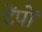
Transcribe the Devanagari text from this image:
टेंपों